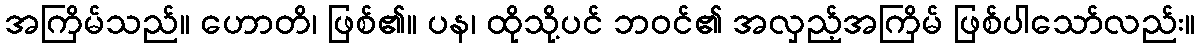
အကြိမ်သည်။ ဟောတိ၊ ဖြစ်၏။ ပန၊ ထိုသို့ပင် ဘဝင်၏ အလှည့်အကြိမ် ဖြစ်ပါသော်လည်း။